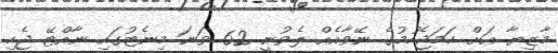
މާޒިޔާ އަށް ހަމަޖެހުމުގެ ނޭވާއެއް ލެވުނީ 62 ވަނަ މިނެޓުގައި ނާއްޓޭ ޖެހި